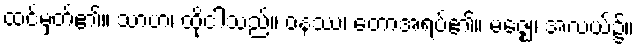
ထင်မှတ်၏။ သာဟံ၊ ထိုငါသည်။ ဝနဿ၊ တောအရပ်၏။ မဇ္ဈေ၊ အလယ်၌။